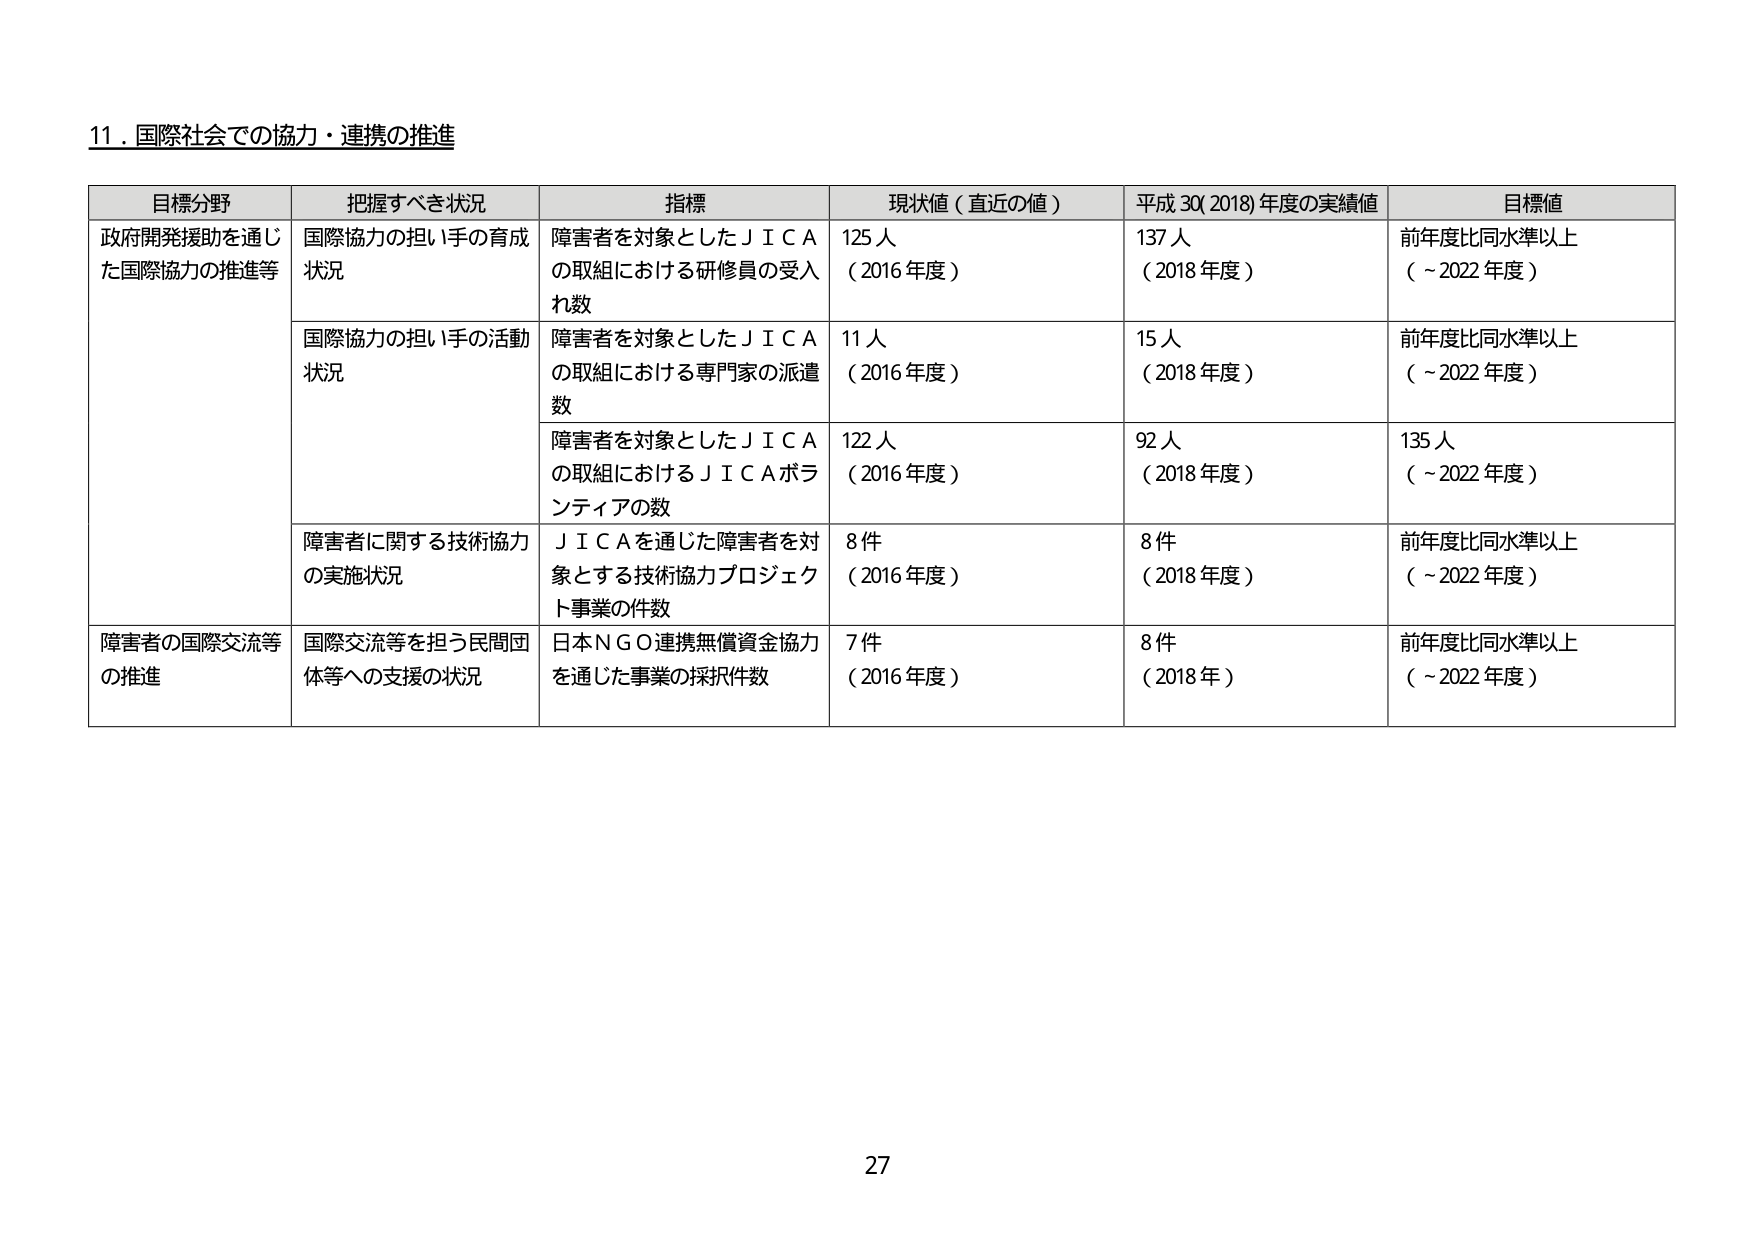
11．国際社会での協力・連携の推進

目標分野 把握すべき状況 指標 現状値（直近の値） 平成30(2018)年度の実績値 目標値
政府開発援助を通じた国際協力の推進等 国際協力の担い手の育成状況 障害者を対象としたＪＩＣＡの取組における研修員の受入れ数 125人（2016年度） 137人（2018年度） 前年度比同水準以上（～2022年度）
国際協力の担い手の活動状況 障害者を対象としたＪＩＣＡの取組における専門家の派遣数 11人（2016年度） 15人（2018年度） 前年度比同水準以上（～2022年度）
障害者を対象としたＪＩＣＡの取組におけるＪＩＣＡボランティアの数 122人（2016年度） 92人（2018年度） 135人（～2022年度）
障害者に関する技術協力の実施状況 ＪＩＣＡを通じた障害者を対象とする技術協力プロジェクト事業の件数 8件（2016年度） 8件（2018年度） 前年度比同水準以上（～2022年度）
障害者の国際交流等の推進 国際交流等を担う民間団体等への支援の状況 日本ＮＧＯ連携無償資金協力を通じた事業の採択件数 7件（2016年度） 8件（2018年） 前年度比同水準以上（～2022年度）

27